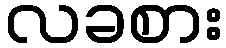
လခစား